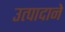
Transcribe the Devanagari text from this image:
उत्पादाने